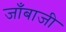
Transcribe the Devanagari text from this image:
जाँबाजी